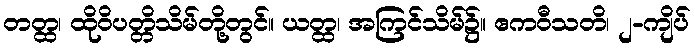
တတ္ထ၊ ထိုဝိပတ္တိသိမ်တို့တွင်။ ယတ္ထ၊ အကြင်သိမ်၌။ ဧကဝီသတိ၊ ၂-ကျိပ်